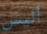
أليس